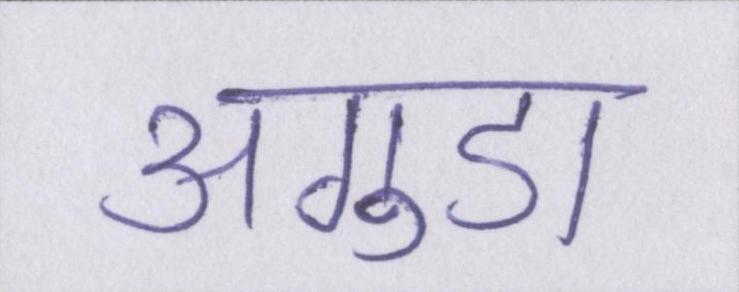
अगुडा